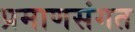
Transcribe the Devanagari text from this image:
प्रमाणसंगत